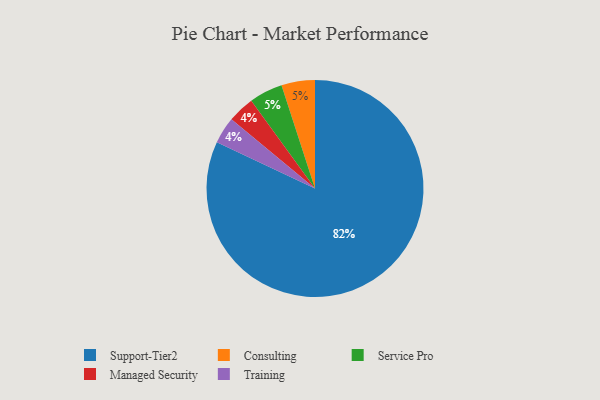
{"axis": {"x": "Category", "y": "Percentage"}, "legend": ["Consulting", "Managed Security", "Service Pro", "Support-Tier2", "Training"], "data": [{"x": "Consulting", "y": 5, "type": "Consulting"}, {"x": "Service Pro", "y": 5, "type": "Service Pro"}, {"x": "Support-Tier2", "y": 82, "type": "Support-Tier2"}, {"x": "Managed Security", "y": 4, "type": "Managed Security"}, {"x": "Training", "y": 4, "type": "Training"}]}